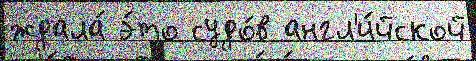
ждала́ э́то судо́в англ'и́йской